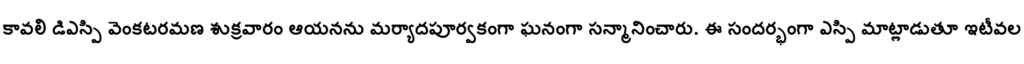
కావలి డిఎస్పి వెంకటరమణ శుక్రవారం ఆయనను మర్యాదపూర్వకంగా ఘనంగా సన్మానించారు. ఈ సందర్భంగా ఎస్పి మాట్లాడుతూ ఇటీవల